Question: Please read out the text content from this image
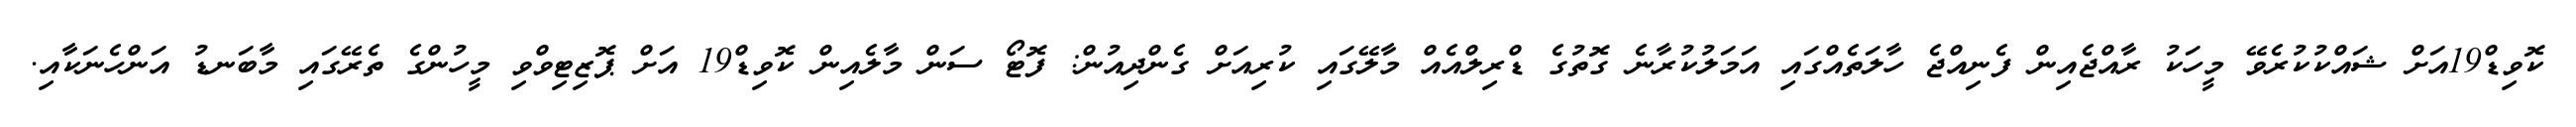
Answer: ކޮވިޑް19އަށް ޝައްކުކުރެވޭ މީހަކު ރާއްޖެއިން ފެނިއްޖެ ހާލަތެއްގައި އަމަލުކުރާނެ ގޮތުގެ ޑްރިލްއެއް މާލޭގައި ކުރިއަށް ގެންދިއުން: ފޮޓޯ ސަން މާލެއިން ކޮވިޑް19 އަށް ޕޮޒިޓިވްވި މީހުންގެ ތެރޭގައި މާބަނޑު އަންހެނަކާއި.